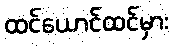
ထင်ယောင်ထင်မှား